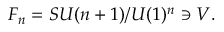
F _ { n } = S U ( n + 1 ) / U ( 1 ) ^ { n } \ni V .